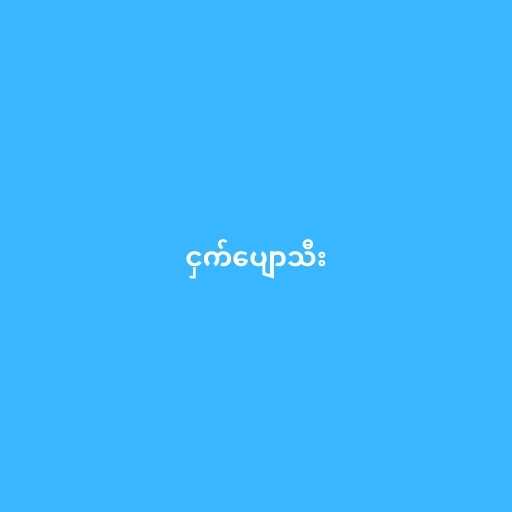
ငှက်ပျောသီး